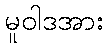
မူဝါဒအား